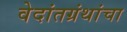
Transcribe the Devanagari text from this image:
वेदांतग्रंथांचा